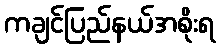
ကချင်ပြည်နယ်အစိုးရ